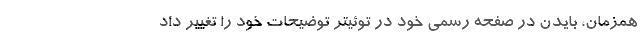
همزمان، بایدن در صفحه رسمی خود در توئیتر توضیحات خود را تغییر داد